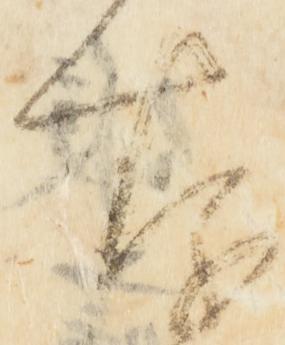
存